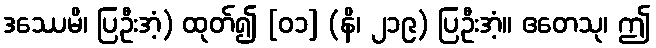
ဒဿေမိ၊ ပြဦးအံ့) ထုတ်၍ [၀၁] (နိ၊ ၂၁၉) ပြဦးအံ့။ ဧတေသု၊ ဤ